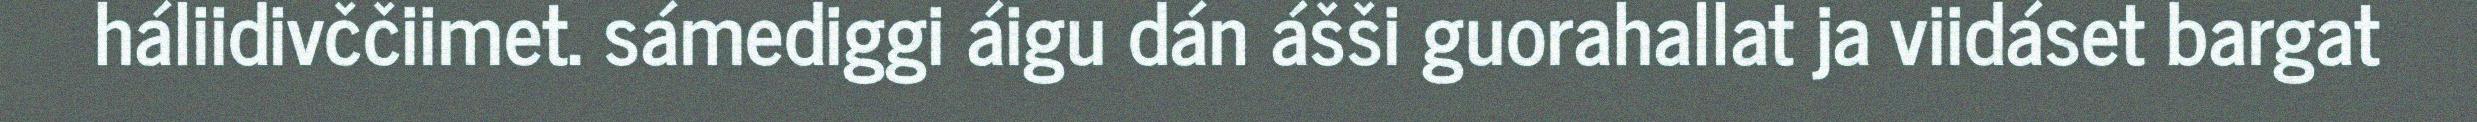
háliidivččiimet. sámediggi áigu dán ášši guorahallat ja viidáset bargat